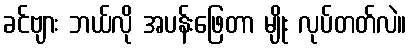
ခင်ဗျား ဘယ်လို အပန်းဖြေတာ မျိုး လုပ်တတ်လဲ။